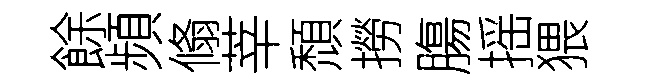
餘頻翛莘頹撈膓摇猥